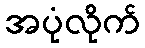
အပုံလိုက်